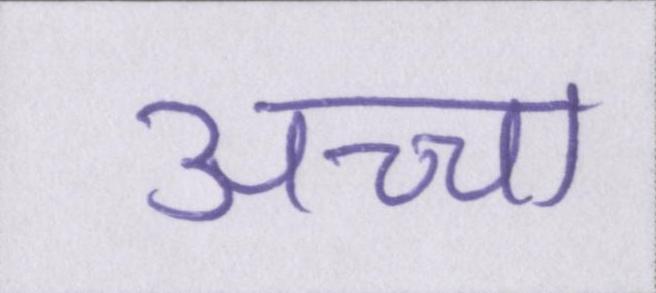
अच्चा